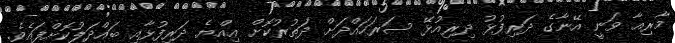
މާރިއާ ވަނީ އޭނާގެ ދަރިފުޅު ދިރިއުޅޭ ސަރަހައްދަށް ދަތުރުކޮށް އިއްޔެ ދަރިފުޅާއި ބައްދަލުކޮށްފައެވެ.